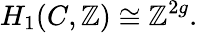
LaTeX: H_{1}(C,\mathbb{Z})\cong\mathbb{Z}^{2g}.